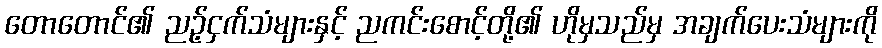
တောတောင်၏ ညဉ့်ငှက်သံများနှင့် ညကင်းစောင့်တို့၏ ဟိုမှသည်မှ အချက်ပေးသံများကို